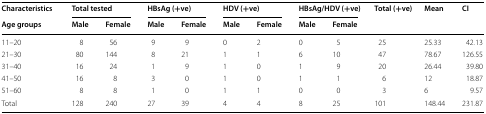
| Characteristics | <COLSPAN=2> Total tested | <COLSPAN=2> HBsAg (+ve) | <COLSPAN=2> HDV (+ve) | <COLSPAN=2> HBsAg/HDV (+ve) | <ROWSPAN=2> Total (+ve) | <ROWSPAN=2> Mean | <ROWSPAN=2> CI |
 | Age groups | Male | Female | Male | Female | Male | Female | Male | Female |
 | --- | --- | --- | --- | --- | --- | --- | --- | --- | --- | --- | --- |
 | 11–20 | 8 | 56 | 9 | 9 | 0 | 2 | 0 | 5 | 25 | 25.33 | 42.13 |
 | 21–30 | 80 | 144 | 8 | 21 | 1 | 1 | 6 | 10 | 47 | 78.67 | 126.55 |
 | 31–40 | 16 | 24 | 1 | 9 | 1 | 0 | 1 | 9 | 20 | 26.44 | 39.80 |
 | 41–50 | 16 | 8 | 3 | 0 | 1 | 0 | 1 | 1 | 6 | 12 | 18.87 |
 | 51–60 | 8 | 8 | 1 | 0 | 1 | 1 | 0 | 0 | 3 | 6 | 9.57 |
 | Total | 128 | 240 | 27 | 39 | 4 | 4 | 8 | 25 | 101 | 148.44 | 231.87 |